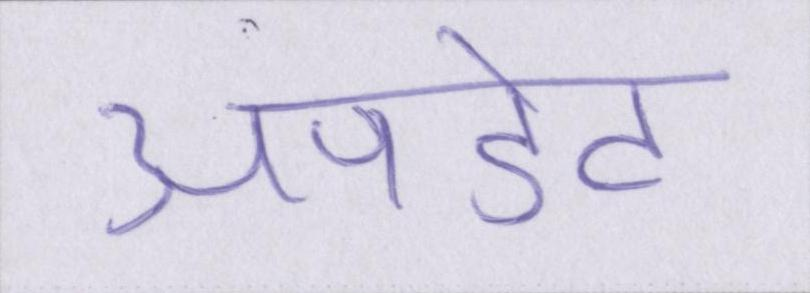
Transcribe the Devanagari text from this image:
अपडेट